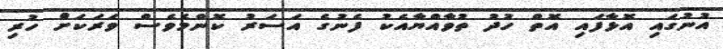
އުނުގައި އޮޅާފައި އޮތް ހުދު ތުވާއްޔާއެކު ފެނުގެ އަސަރު ކޮންމެވެސް ވަރަކަށް ހުރި